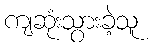
ကျဆုံးသွားခဲ့သူ